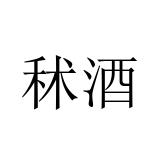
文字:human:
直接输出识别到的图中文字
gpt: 秫酒